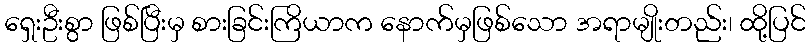
ရှေးဦးစွာ ဖြစ်ပြီးမှ စားခြင်းကြိယာက နောက်မှဖြစ်သော အရာမျိုးတည်း၊ ထို့ပြင်